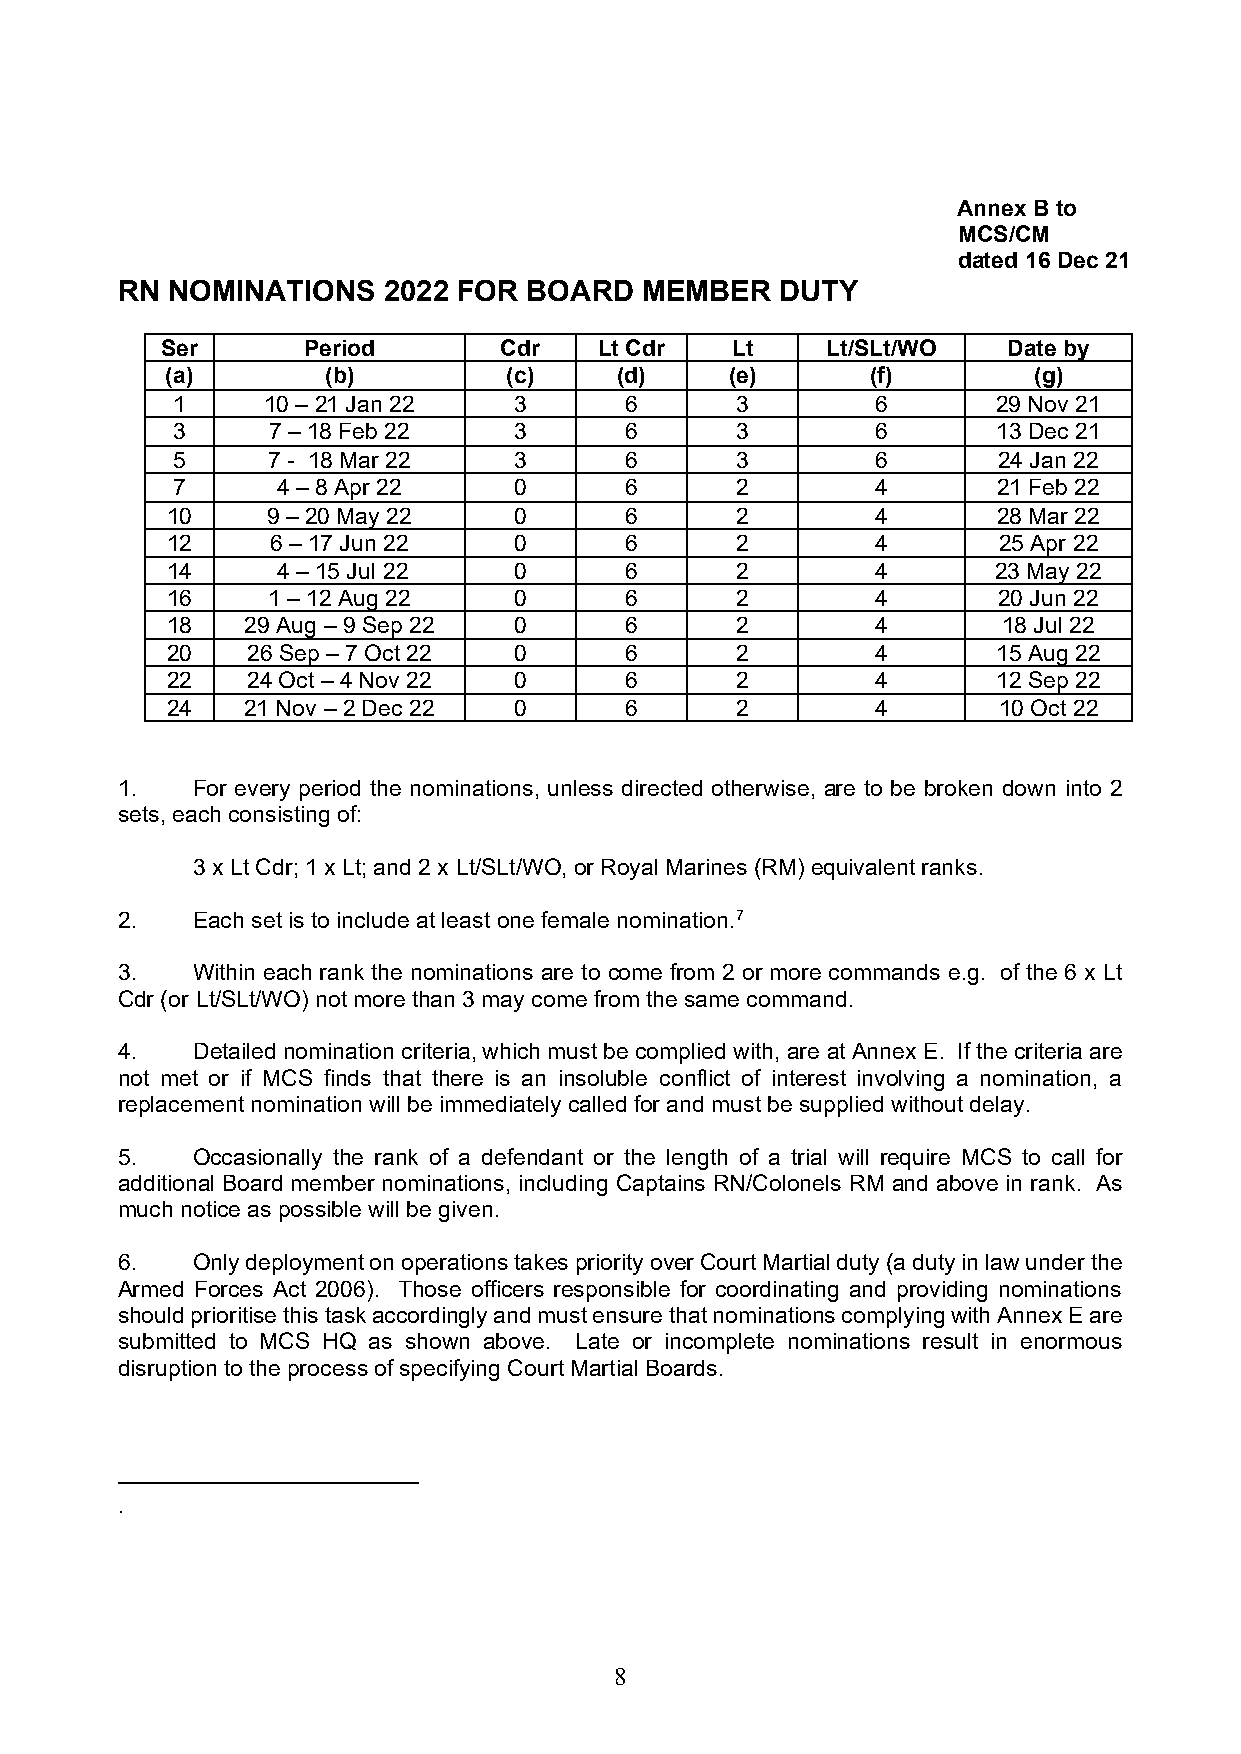
Annex B to
 MCS/CM
 dated 16 Dec 21
 RN NOMINATIONS   2022 FOR  BOARD  MEMBER    DUTY
 Ser      Period       Cdr    Lt Cdr  Lt     Lt/SLt/WO   Date by
 (a)        (b)         (c)    (d)    (e)       (f)       (g)
 1     10 – 21 Jan 22   3      6       3        6       29 Nov 21
 3      7 – 18 Feb 22   3      6       3        6       13 Dec 21
 5      7 - 18 Mar 22   3      6       3        6       24 Jan 22
 7      4 – 8 Apr 22    0      6       2        4       21 Feb 22
 10     9 – 20 May 22   0      6       2        4       28 Mar 22
 12     6 – 17 Jun 22   0      6       2        4       25 Apr 22
 14     4 – 15 Jul 22   0      6       2        4       23 May 22
 16     1 – 12 Aug 22   0      6       2        4       20 Jun 22
 18   29 Aug – 9 Sep 22 0      6       2        4       18 Jul 22
 20   26 Sep – 7 Oct 22 0      6       2        4       15 Aug 22
 22   24 Oct – 4 Nov 22 0      6       2        4       12 Sep 22
 24   21 Nov – 2 Dec 22 0      6       2        4       10 Oct 22
 1.   For every period the nominations, unless directed otherwise, are to be broken down into 2
 sets, each consisting of:
 3 x Lt Cdr; 1 x Lt; and 2 x Lt/SLt/WO, or Royal Marines (RM) equivalent ranks.
 2.   Each set is to include at least one female nomination.7
 3.   Within each rank the nominations are to come from 2 or more commands e.g. of the 6 x Lt
 Cdr (or Lt/SLt/WO) not more than 3 may come from the same command.
 4.   Detailed nomination criteria, which must be complied with, are at Annex E. If the criteria are
 not met or if MCS finds that there is an insoluble conflict of interest involving a nomination, a
 replacement nomination will be immediately called for and must be supplied without delay.
 5.   Occasionally the rank of a defendant or the length of a trial will require MCS to call for
 additional Board member nominations, including Captains RN/Colonels RM and above in rank. As
 much notice as possible will be given.
 6.   Only deployment on operations takes priority over Court Martial duty (a duty in law under the
 Armed Forces Act 2006). Those officers responsible for coordinating and providing nominations
 should prioritise this task accordingly and must ensure that nominations complying with Annex E are
 submitted to MCS HQ as shown above. Late or incomplete nominations result in enormous
 disruption to the process of specifying Court Martial Boards.
 .
 8